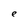
Character: e